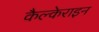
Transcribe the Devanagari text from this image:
कैल्‍केराइन